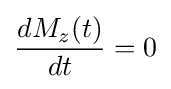
{\frac {dM_{z}(t)}{dt}}=0